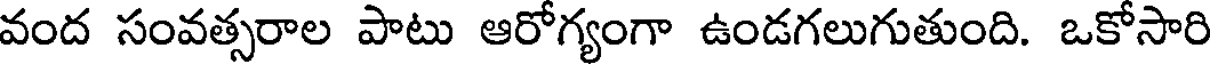
వంద సంవత్సరాల పాటు ఆరోగ్యంగా ఉండగలుగుతుంది. ఒకోసారి